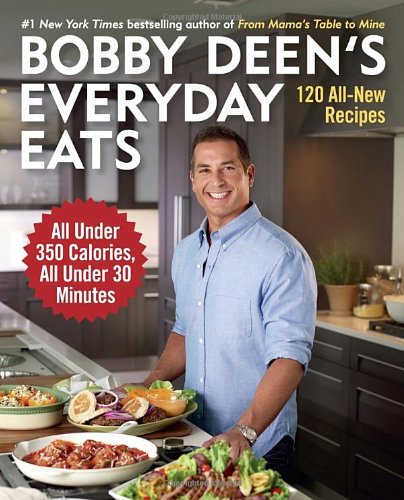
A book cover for Bobby Deen's Everyday Eats: 120 All-New Recipes, All Under 350 Calories, All Under 30 Minutes; Bobby Deen; Cookbooks, Food & Wine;